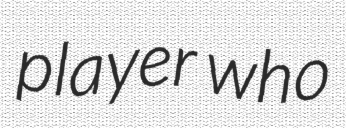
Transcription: player who